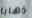
ذهابا